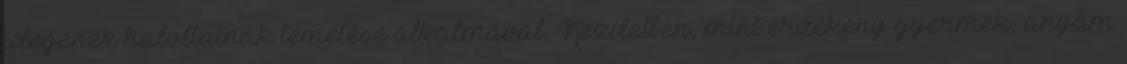
idegenek halottainak temetése alkalmával. Kezdetben, mint érzékeny gyermek, anyám